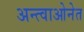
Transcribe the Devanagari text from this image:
अन्त्वाओनेत